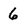
Character: 6